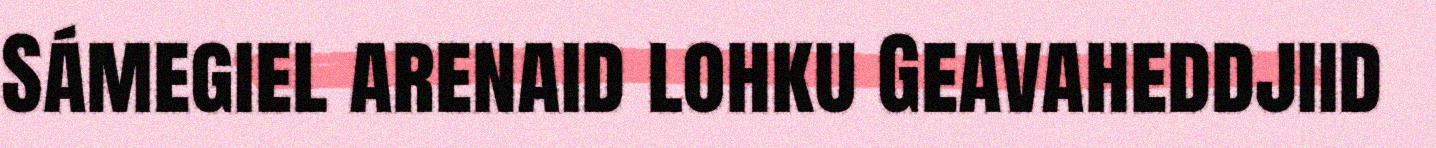
Sámegiel arenaid lohku Geavaheddjiid